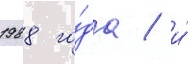
1988 го́да / и́